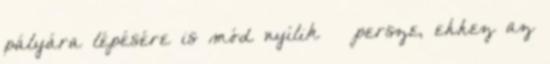
pályára lépésére is mód nyílik – persze, ehhez az